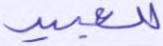
للعبيد